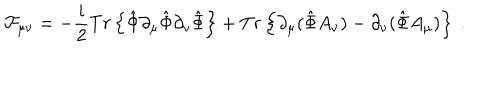
{ \cal F } _ { \mu \nu } = - \frac { i } { 2 } T r \left\{ \hat { \Phi } \partial _ { \mu } \hat { \Phi } \partial _ { \nu } \hat { \Phi } \right\} + T r \left\{ \partial _ { \mu } ( \hat { \Phi } A _ { \nu } ) - \partial _ { \nu } ( \hat { \Phi } A _ { \mu } ) \right\} \ .